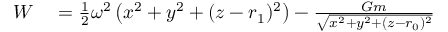
\begin{array} { r l } { { \cal { W } } } & { { } = { \frac { 1 } { 2 } } \omega ^ { 2 } \left( x ^ { 2 } + y ^ { 2 } + ( z - r _ { 1 } ) ^ { 2 } \right) - { \frac { G m } { \sqrt { x ^ { 2 } + y ^ { 2 } + ( z - r _ { 0 } ) ^ { 2 } } } } } \end{array}